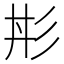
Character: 㣋